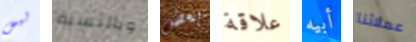
ليس وبالنسبة بعض علاقة أبيه عملائنا